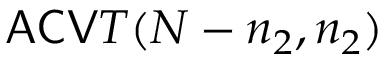
\mathsf { A C V } T ( N - n _ { 2 } , n _ { 2 } )